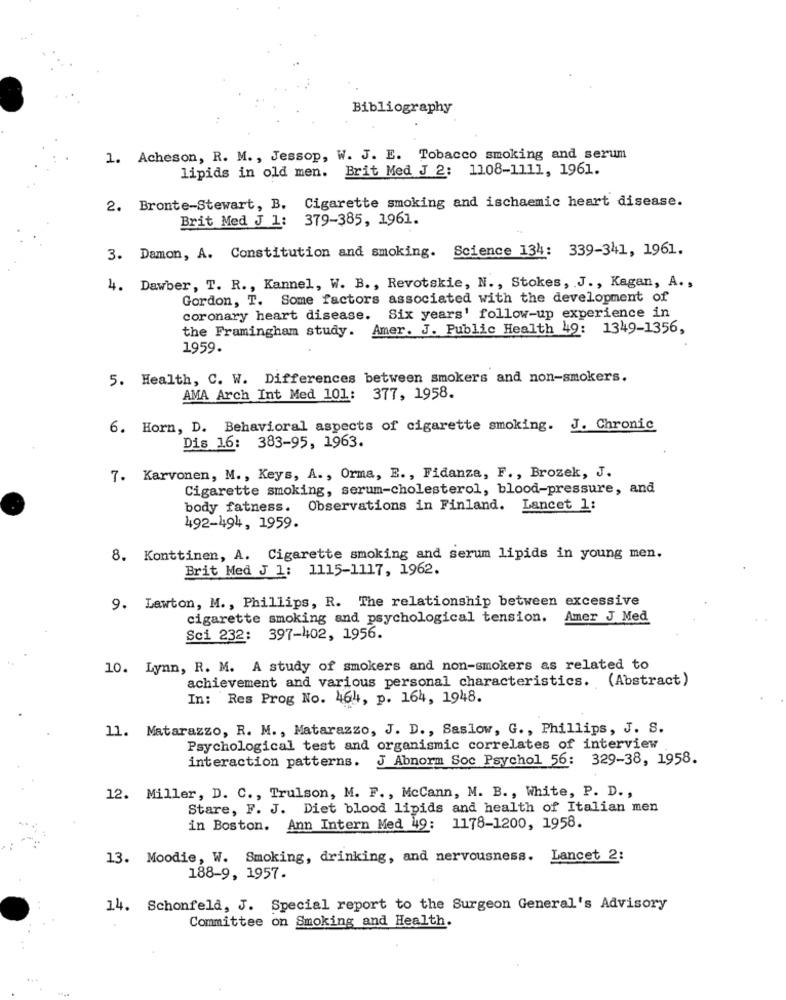
Bibliography
1. Acheson, R. M ., Jessop, W. J. E. Tobacco smoking and serum
lipids in old men. Brit Med J 2: 1108-1111, 1961.
2. Bronte-Stewart, B. Cigarette smoking and ischaemic heart disease.
Brit Med J 1: 379-385, 1961.
3. Damon, A. Constitution and smoking. Science 134: 339-341, 1961.
4. Dawber, T. R ., Kannel, W. B ., Revotskie, N ., Stokes, J ., Kagan, A .,
Gordon, T. Some factors associated with the development of
coronary heart disease.
Six years' follow-up experience in
the Framingham study.
Amer. J. Public Health 49: 1349-1356,
1959.
5. Health, C. W. Differences between smokers and non-smokers.
AMA Arch Int Med 101: 377, 1958.
6. Horn, D. Behavioral aspects of cigarette smoking. J. Chronic
Dis 16: 383-95, 1963.
7. Karvonen, M ., Keys, A ., Orma, E ., Fidanza, F ., Brozek, J.
Cigarette smoking, serum-cholesterol, blood-pressure, and
body fatness.
Observations in Finland. Lancet 1:
492-494, 1959.
8. Konttinen, A. Cigarette smoking and serum lipids in young men.
Brit Med J 1: 1115-1117, 1962.
9. Lawton, M ., Phillips, R. The relationship between excessive
cigarette smoking and psychological tension.
Amer J Med
Sci 232: 397-402, 1956.
10. Lynn, R. M. A study of smokers and non-smokers as related to
achievement and various personal characteristics. (Abstract)
In: Res Prog No. 464, p. 164, 1948.
11. Matarazzo, R. M ., Matarazzo, J. D ., Saslow, G ., Phillips, J. S.
Psychological test and organismic correlates of interview
interaction patterns. J Abnorm Soc Psychol 56: 329-38, 1958.
12. Miller, D. C ., Trulson, M. F ., McCann, M. B ., White, P. D. ,
Stare, F. J. Diet blood lipids and health of Italian men
in Boston. Ann Intern Med 49: 1178-1200, 1958.
13. Moodie, W. Smoking, drinking, and nervousness. Lancet 2:
188-9, 1957.
14. Schonfeld, J. Special report to the Surgeon General's Advisory
Committee on Smoking and Health.